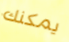
يمكنك